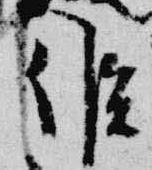
候